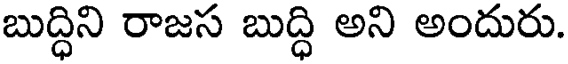
బుద్ధిని రాజస బుద్ధి అని అందురు.